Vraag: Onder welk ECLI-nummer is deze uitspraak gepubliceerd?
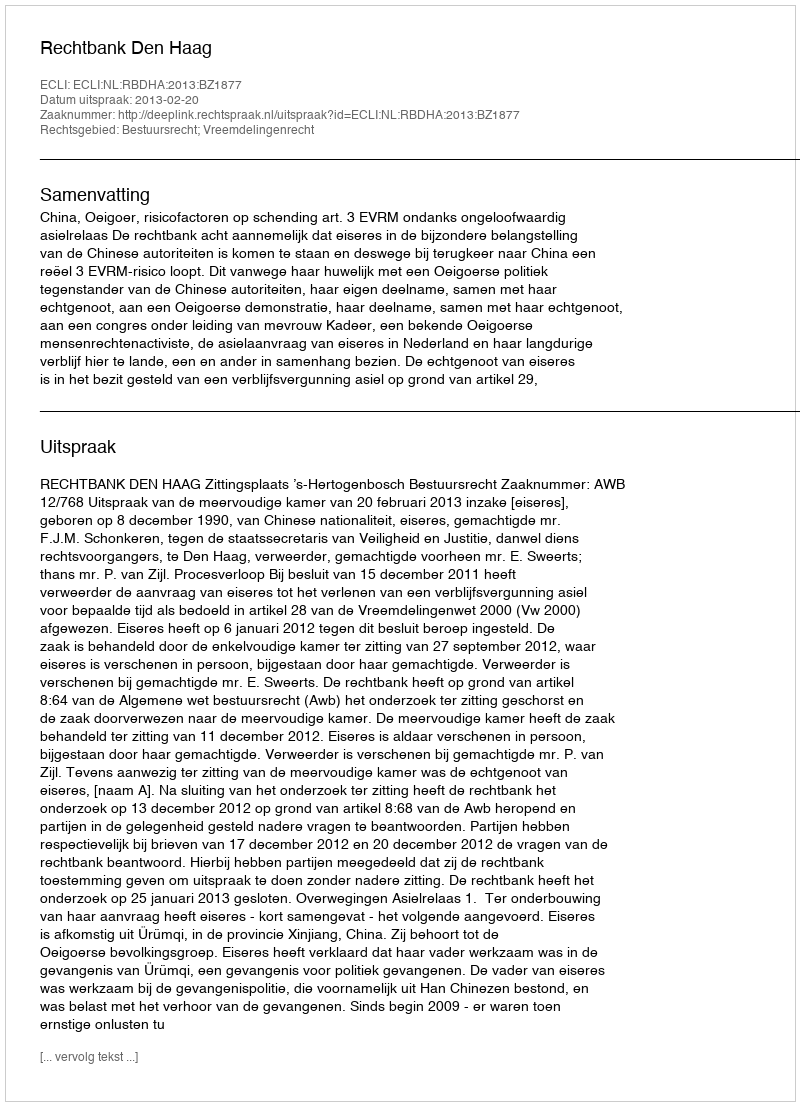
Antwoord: ECLI:NL:RBDHA:2013:BZ1877